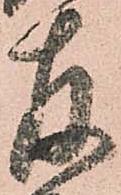
存